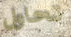
تحاول